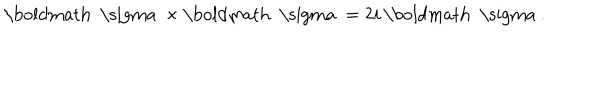
{ \mathrm { \boldmath ~ \ s i g m a ~ } } \times { \mathrm { \boldmath ~ \ s i g m a ~ } } = 2 i \, { \mathrm { \boldmath ~ \ s i g m a ~ } } .